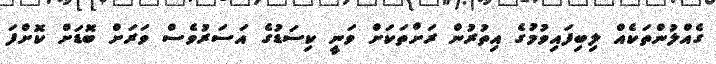
ގެއްލުންތަކެއް ލިބިފައިވުމުގެ އިތުރުން ރަށްތަކަށް ވަނީ ކިސަޑުގެ އަސަރުވެސް ވަރަށް ބޮޑަށް ކޮށްފަ